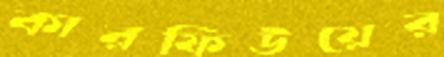
কারফিউয়ের